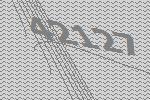
42127